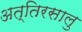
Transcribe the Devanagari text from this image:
अत्तिरसालु